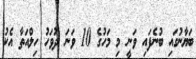
ބަޔާނުގައި ބުނެފައި ވަނީ މި މަހުގެ 10 ވަނަ ދުވަހު ހިލްއަތާ އެކު